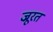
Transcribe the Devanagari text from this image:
ज्रूरत